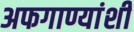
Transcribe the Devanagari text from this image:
अफगाण्यांशी